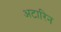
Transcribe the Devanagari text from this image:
अटारिन